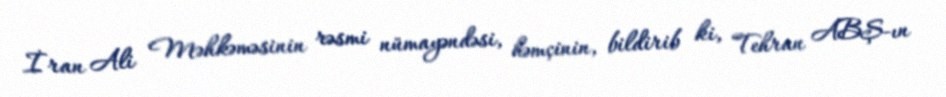
İran Ali Məhkəməsinin rəsmi nümayəndəsi, həmçinin, bildirib ki, Tehran ABŞ-ın